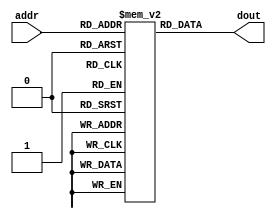
module IM(addr, dout);
  
  input [8:2] addr;
  output [31:0] dout;

  reg [31:0] ROM[127:0];

  assign dout = ROM[addr];
  
endmodule